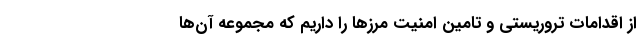
از اقدامات تروریستی و تامین امنیت مرز‌ها را داریم که مجموعه آن‌ها